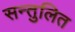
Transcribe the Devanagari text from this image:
सन्‍तुलित